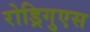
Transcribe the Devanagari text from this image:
रोड्रिगुएस